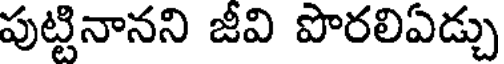
పుట్టినానని జీవి పొరలిఏడ్చు